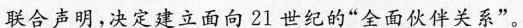
联合声明，决定建立面向21世纪的”全面伙伴关系”。